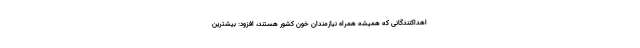
اهداکنندگانی که همیشه همراه نیازمندان خون کشور هستند، افزود: بیشترین